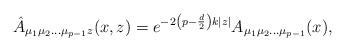
\begin{align*}\hat A_{\mu_{1}\mu_{2}\ldots \mu_{p-1} z}(x,z)=e^{-2\left(p-\frac{d}{2}\right) k|z|}A_{\mu_{1}\mu_{2}\ldots\mu_{p-1}}(x),\end{align*}